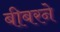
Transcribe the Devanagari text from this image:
बीबरने